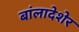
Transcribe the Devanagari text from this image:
बांलादेशेर